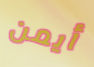
أيمن